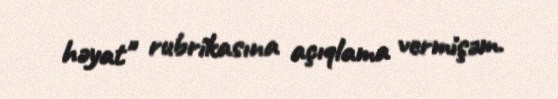
həyat" rubrikasına açıqlama vermişəm.